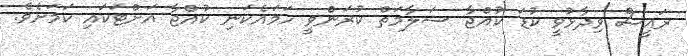
ރައީސް ވިދާޅުވީ ކުޑަ ކުއްޖާ ސަލާމަތް ކުރަންވީ ހަމައެކަނި ކުއްޖާ އަށްޓަކައި ކަމަށެވެ.